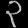
Digit: ၃